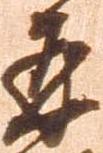
再